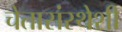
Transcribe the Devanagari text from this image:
चेतासंस्थेशी